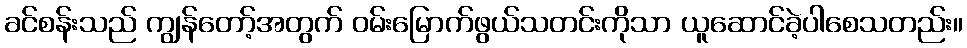
ခင်စန်းသည် ကျွန်တော့်အတွက် ဝမ်းမြောက်ဖွယ်သတင်းကိုသာ ယူဆောင်ခဲ့ပါစေသတည်း။